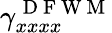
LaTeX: \gamma_{xxxx}^{\mathrm{~D~F~W~M~}}